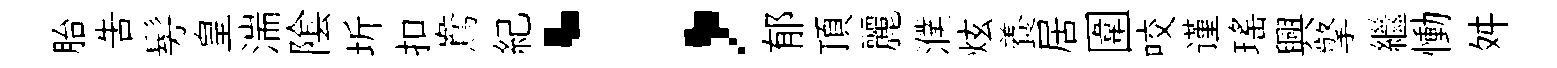
胎告髣皇湍隂圻扣鴦紀；郁頂麗濮炫養居圍咬谨瑤興擎繼慟舛